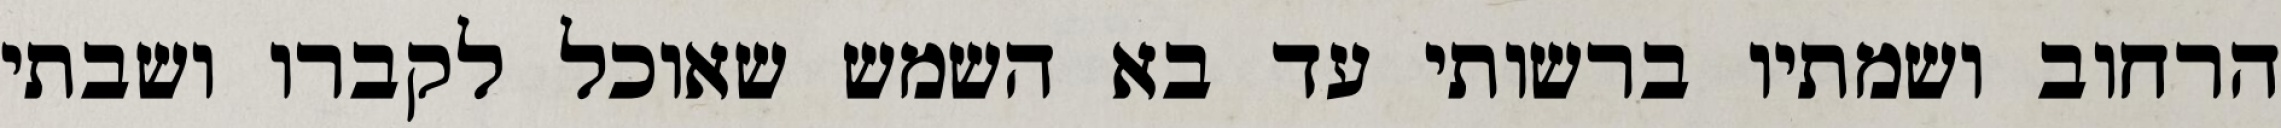
הרחוב ושמתיו ברשותי עד בא השמש שאוכל לקברו ושבתי